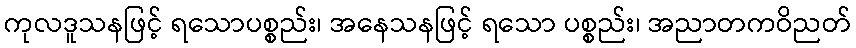
ကုလဒူသနဖြင့် ရသောပစ္စည်း၊ အနေသနဖြင့် ရသော ပစ္စည်း၊ အညာတကဝိညတ်